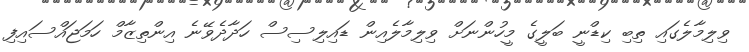
ވިލިމާލެގައި ތިބި ކިޑްނީ ބަލީގެ މީހުންނަށް ވިލިމާލެއިން ޑައިލިސިސް ހަދާދެވޭނެ އިންތިޒާމް ހަމަޖައްސައިފި